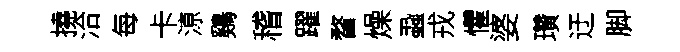
撓洽每卡鿌鷄稽躍瞀燥蝨戎懼婆瓚迂脚